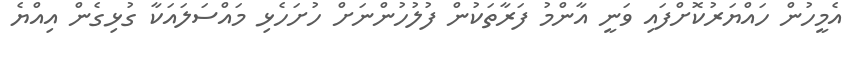
އެމީހުން ހައްޔަރުކޮށްފައި ވަނީ އާންމު ފަރާތަކުން ފުލުހުންނަށް ހުށަހެޅި މައްސަލައަކާ ގުޅިގެން އިއްޔެ